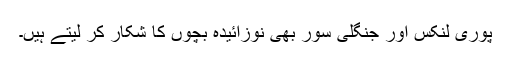
پوری لنکس اور جنگلی سور بھی نوزائیدہ بچوں کا شکار کر لیتے ہیں۔